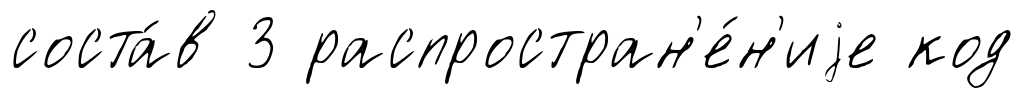
соста́в 3 распростран'е́н'иjе код